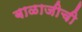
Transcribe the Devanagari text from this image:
बाळाजीची